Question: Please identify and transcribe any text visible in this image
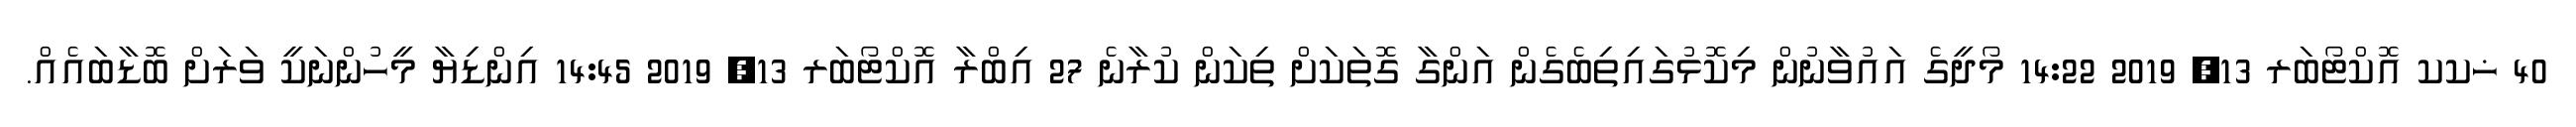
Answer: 40 ޚކކ އޮކްޓޯބަރ 13, 2019 14:22 މޯދީގެ އައުވާނުން މިކޮޅުގައިތިބެގެން އަންގާ ގޮތަކަށް ތިކަން ކުރާނެ 27 އިބްރާ އޮކްޓޯބަރ 13, 2019 14:45 އިންޑިޔާ މީހުންނަކީ ވަރަށް ބޮޑާބައެއް.